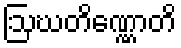
ဩဃတိဏ္ဏောတိ